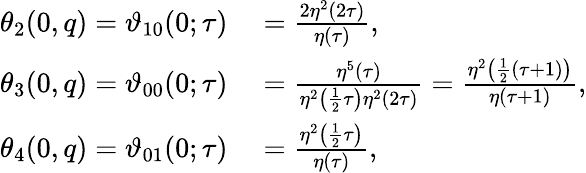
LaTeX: \begin{array}{rl}{\theta_{2}(0,q)=\vartheta_{10}(0;\tau)}&{{}={\frac{2\eta^{2}(2\tau)}{\eta(\tau)}},}\\ {\theta_{3}(0,q)=\vartheta_{00}(0;\tau)}&{{}={\frac{\eta^{5}(\tau)}{\eta^{2}\left({\frac{1}{2}}\tau\right)\eta^{2}(2\tau)}}={\frac{\eta^{2}\left({\frac{1}{2}}(\tau+1)\right)}{\eta(\tau+1)}},}\\ {\theta_{4}(0,q)=\vartheta_{01}(0;\tau)}&{{}={\frac{\eta^{2}\left({\frac{1}{2}}\tau\right)}{\eta(\tau)}},}\end{array}